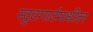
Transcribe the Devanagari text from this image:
स्टुटगार्टमधील